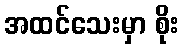
အထင်သေးမှာ စိုး